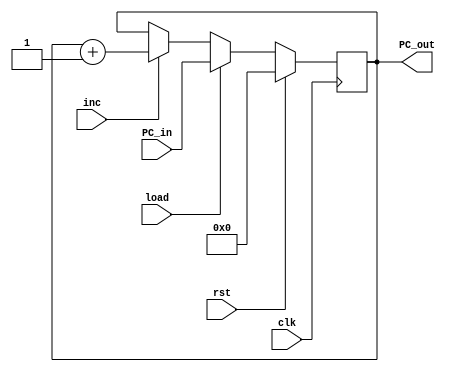
module PC(PC_out,PC_in,load,inc,clk,rst);

output	[7:0]PC_out;
input	[7:0]PC_in;
input	load,inc,clk,rst;

reg	[7:0]PC_out;

always@(posedge clk)
	begin
		if(rst==1)PC_out<=8'b0;
		else if(load==1)PC_out<=PC_in;
		else if(inc==1)PC_out<=PC_out+8'b00000001;		
	end
	
endmodule